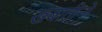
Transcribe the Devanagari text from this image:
खबातीनों